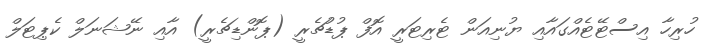
ހުރިހާ އިސްޓޭޓެއްގައާއި ޔުނިއަން ޓެރިޓަރީ އޮފް ޕުޑުޗެރީ (ޕޮންޑިޗެރީ) އާއި ނޭޝަނަލް ކެޕިޓަލް